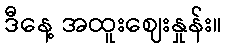
ဒီနေ့ အထူးဈေးနှုန်း။